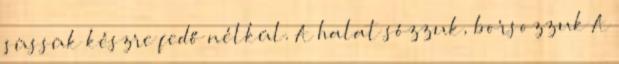
süssük készre fedő nélkül. A halat sózzuk, borsozzuk A